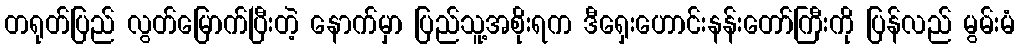
တရုတ်ပြည် လွတ်မြောက်ပြီးတဲ့ နောက်မှာ ပြည်သူ့အစိုးရက ဒီရှေးဟောင်းနန်းတော်ကြီးကို ပြန်လည် မွမ်းမံ